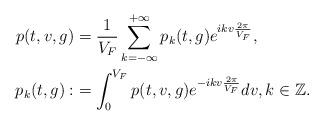
LaTeX: \begin{align*}\begin{aligned} p(t,v,g)&=\frac{1}{V_F}\sum_{k=-\infty}^{+\infty}p_k(t,g)e^{ikv\frac{2\pi}{V_F}},\\p_k(t,g):&=\int_{0}^{V_F}p(t,v,g)e^{-ikv\frac{2\pi}{V_F}}dv,k\in\mathbb{Z}.\end{aligned}\end{align*}